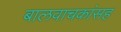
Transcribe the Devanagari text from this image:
बालवाचकांसह